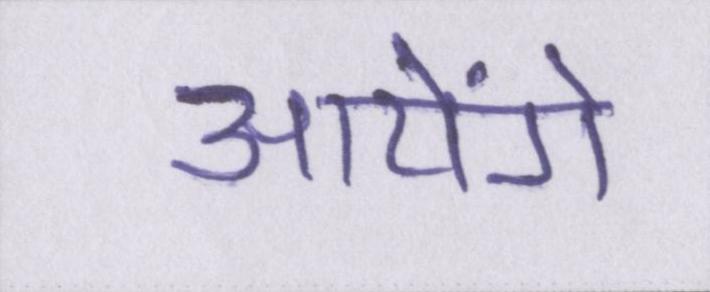
आयेंगे